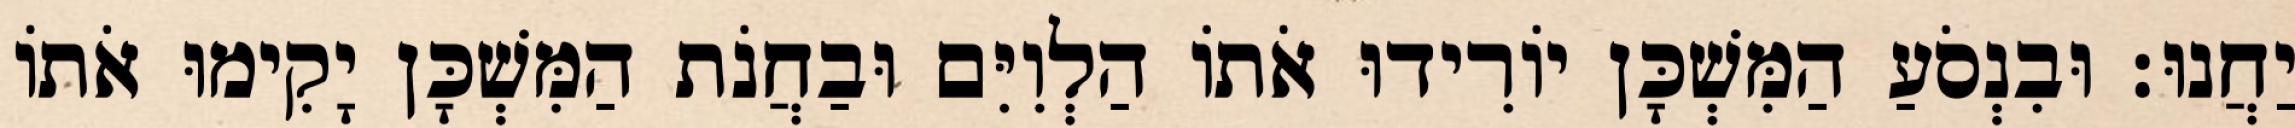
יַחֲנוּ׃ וּבִנְסֹעַ הַמִּשְׁכָּן יוֹרִידוּ אֹתוֹ הַלְוִיִּם וּבַחֲנֹת הַמִּשְׁכָּן יָקִימוּ אֹתוֹ